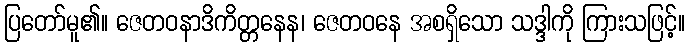
ပြတော်မူ၏။ ဇေတဝနာဒိကိတ္တနေန၊ ဇေတဝနေ အစရှိသော သဒ္ဒါကို ကြားသဖြင့်။